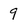
Character: 9